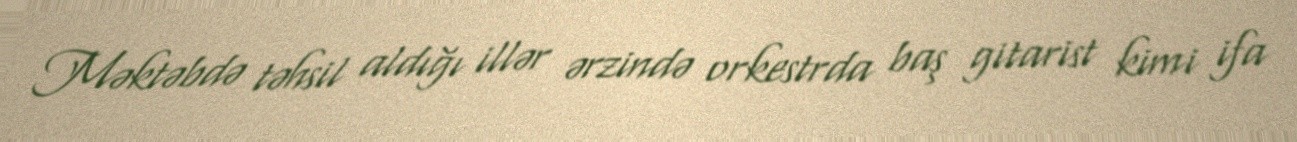
Məktəbdə təhsil aldığı illər ərzində orkestrda baş gitarist kimi ifa